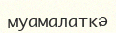
муамалаткә